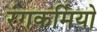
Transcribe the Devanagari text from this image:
रंगकर्मियो